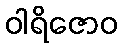
ဝါရိဇောဝ